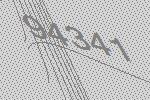
94341